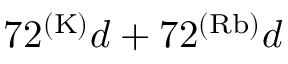
7 2 ^ { ( \mathrm { K ) } } d + 7 2 ^ { ( \mathrm { R b ) } } d